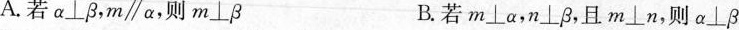
A.若α⊥β，m\parallelα，则m⊥β B.若m⊥α，n⊥β，且m⊥n，则α⊥β